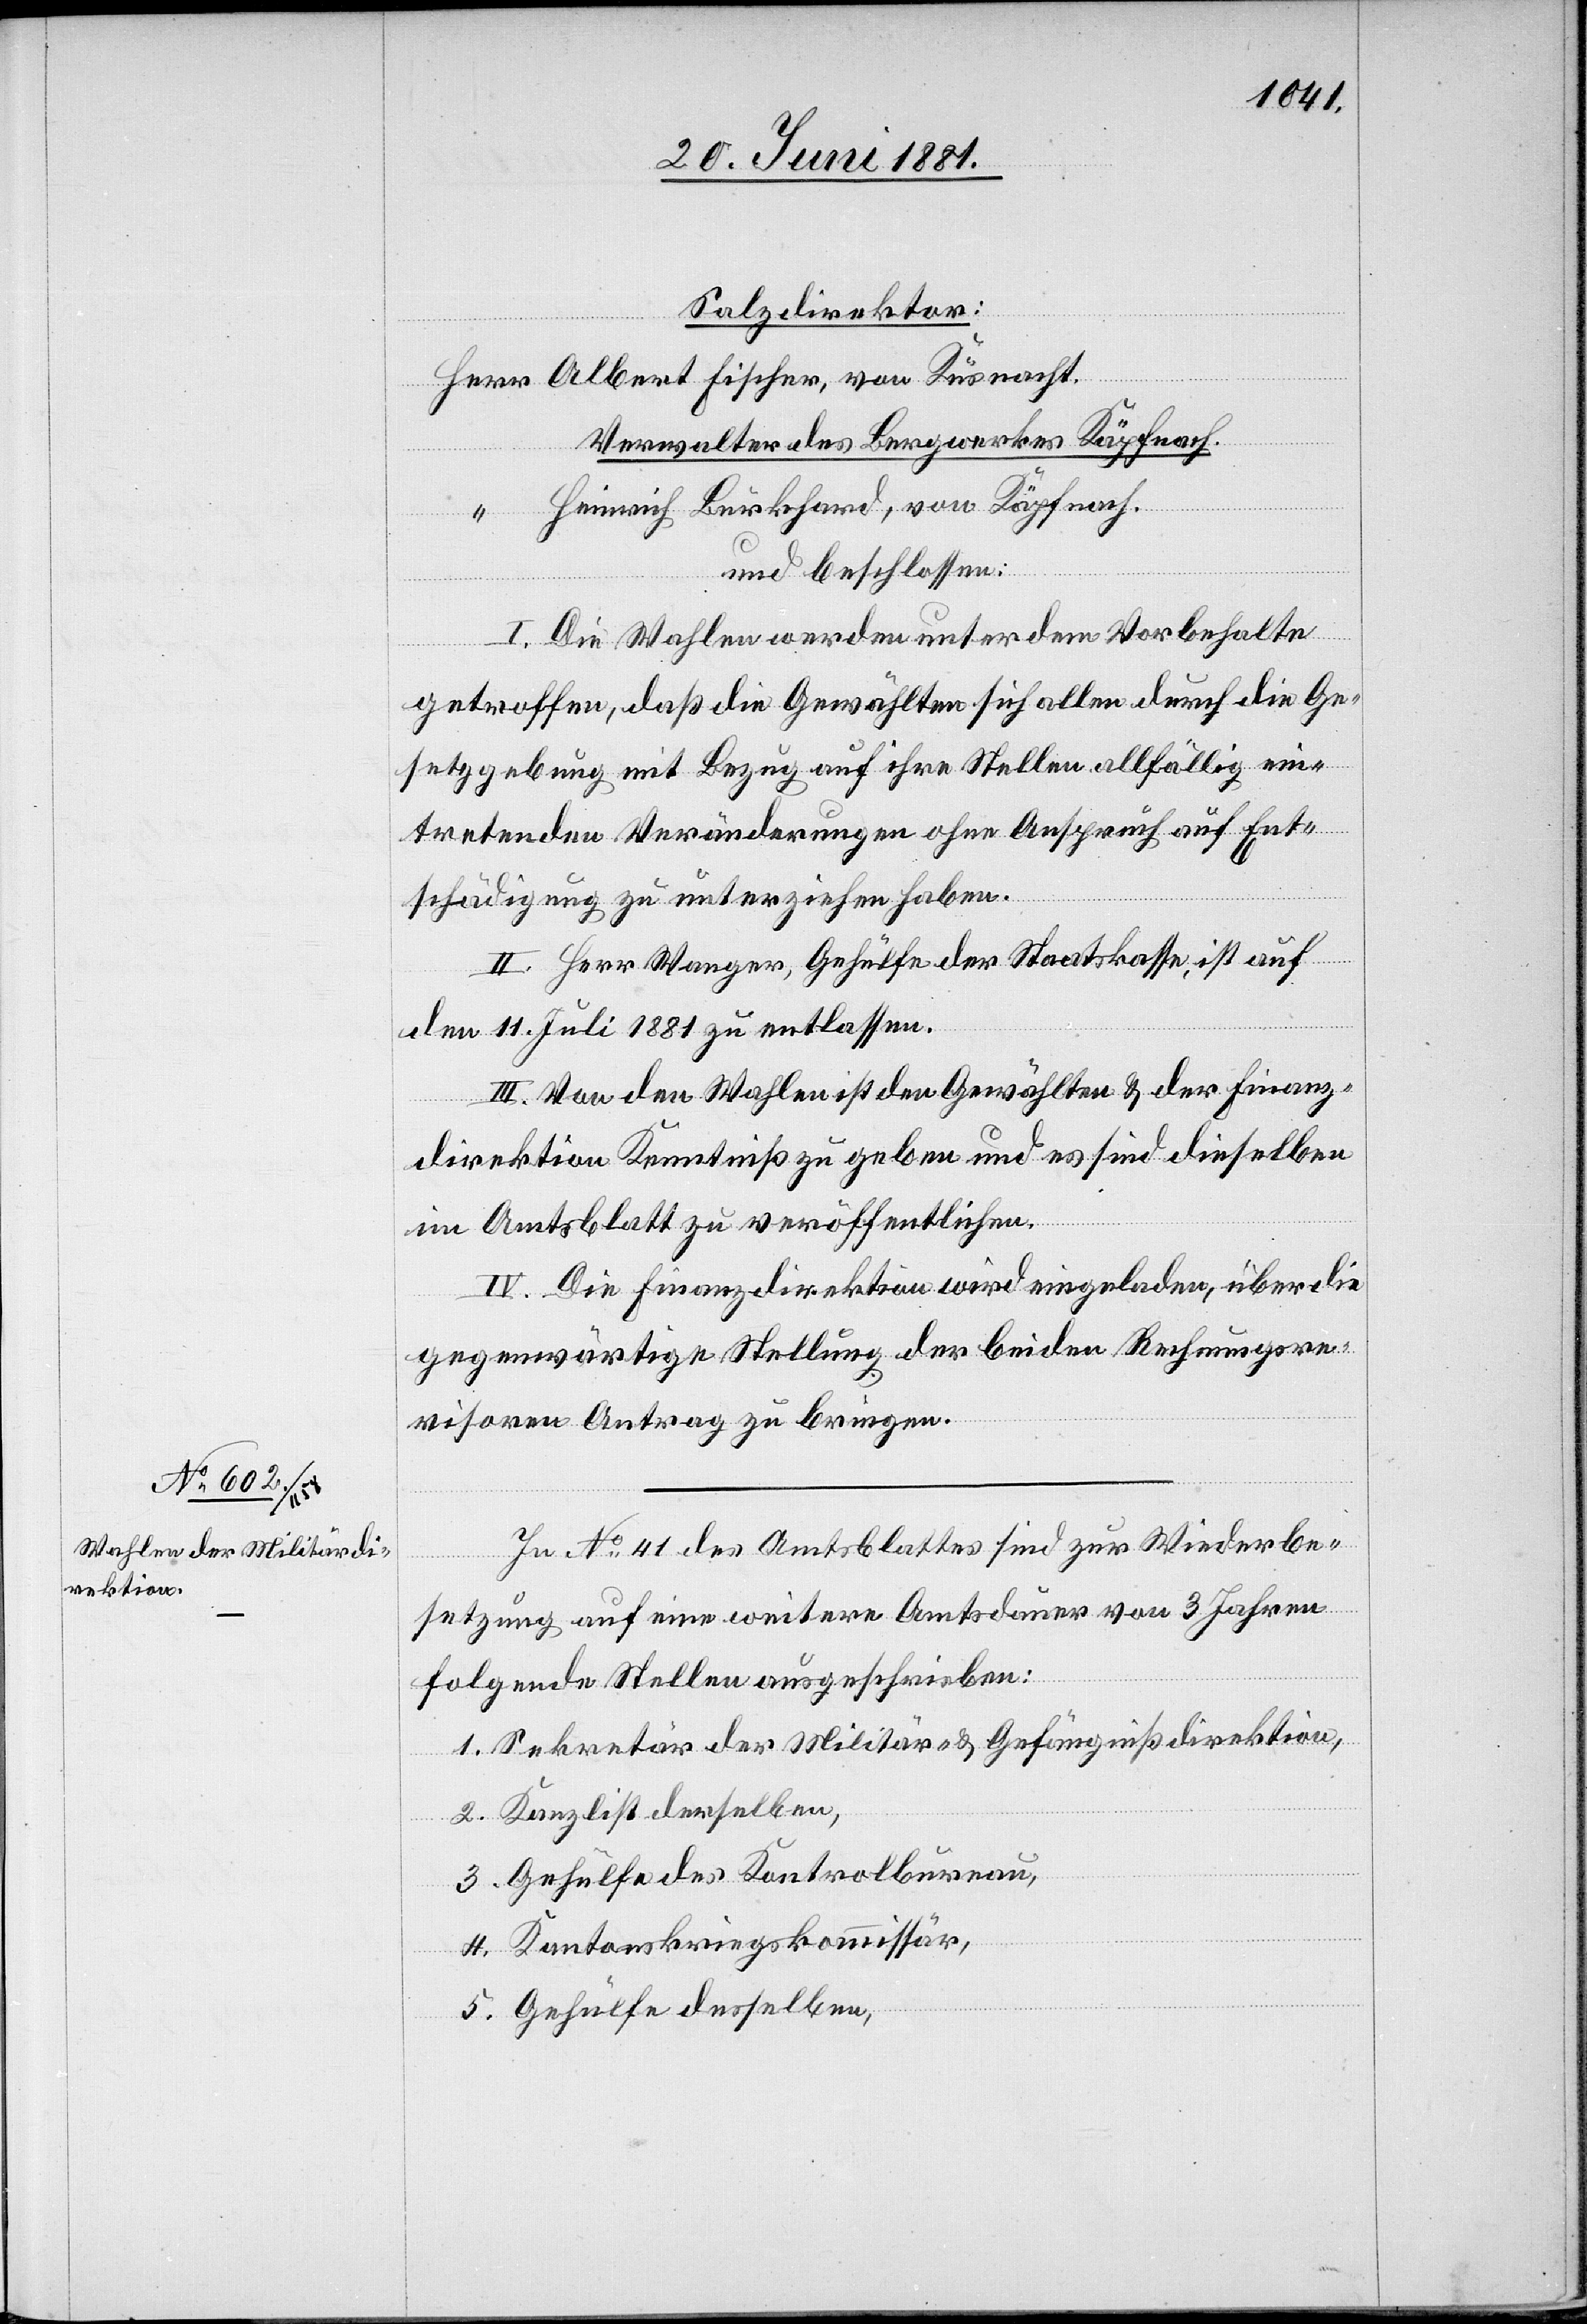
Salzdirektor:
Albert Fischer, von Küsnacht.
Verwalter des Bergwerkes Käpfnach.
Heinrich Burkhard, von Käpfnach.
und beschlossen:
I. Die Wahlen werden unter dem Vorbehalte
getroffen, daß die Gewählten sich alle durch die Ge¬
setzgebung mit Bezug auf ihre Stellen allfällig ein¬
tretenden Veränderungen ohne Anspruch auf Ent¬
schädigung zu unterziehen haben.
II. Herr Wanger, Gehülfe der Staatskasse, ist auf
den 11. Juli 1881 zu entlassen.
III. Von den Wahlen ist den Gewählten & der Finanz¬
Kunz
direktion Kenntniß zu geben und es sind dieselben
im Amtsblatte zu veröffentlichen.
IV. Die Finanzdirektion wird eingeladen über die
gegenwärtige Stellung der beiden Rechnungsre¬
visoren Antrag zu bringen.
In No 41 des Amtsblattes sind zur Wiederbe¬
setzung auf eine weitere Amtsdauer von 3 Jahren
folgende Stellen ausgeschrieben:
1. Sekretär der Militär- & Gefängnisdirektion,
2. Kanzlist derselben,
3. Gehülfe des Kontrolbureau,
4. Kantonskriegskommissär,
5. Gehülfe desselben,